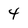
Character: 4